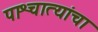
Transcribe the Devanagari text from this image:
पाश्चात्यांचा